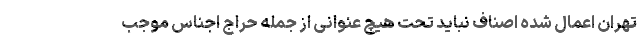
تهران اعمال شده اصناف نباید تحت هیچ عنوانی از جمله حراج اجناس موجب